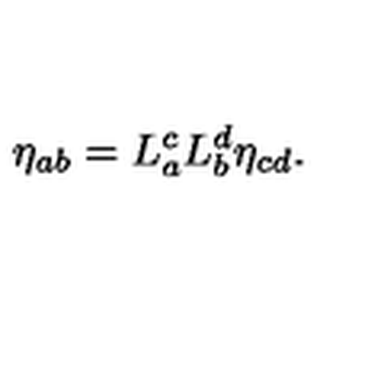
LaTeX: \eta _ { a b } = L _ { a } ^ { c } L _ { b } ^ { d } \eta _ { c d } .